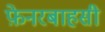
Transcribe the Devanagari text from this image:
फ़ेनरबाहसी